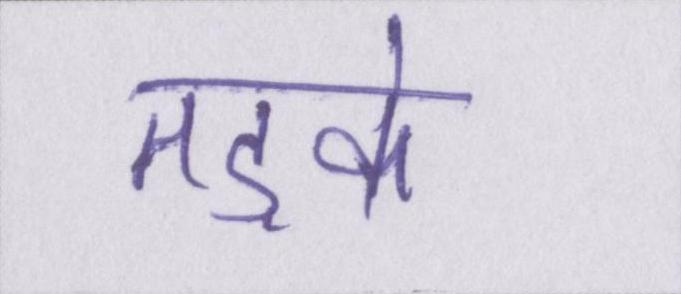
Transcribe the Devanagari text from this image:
तड़के